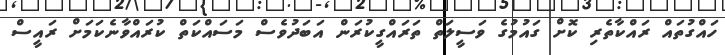
ހައްގުތައް ރައްކާތެރި ކޮށް ގައުމުގެ ވަސީލަތް ތަރައްގީކުރަން އަބަދުވެސް މަސައްކަތް ކުރައްވާނެކަމަށް ރައީސް